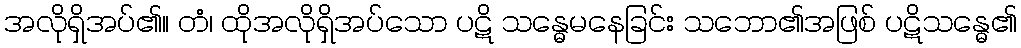
အလိုရှိအပ်၏။ တံ၊ ထိုအလိုရှိအပ်သော ပဋိ သန္ဓေမနေခြင်း သဘော၏အဖြစ် ပဋိသန္ဓေ၏